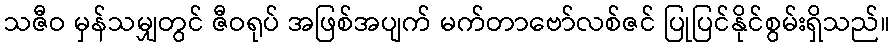
သဇီဝ မှန်သမျှတွင် ဇီဝရုပ် အဖြစ်အပျက် မက်တာဗော်လစ်ဇင် ပြုပြင်နိုင်စွမ်းရှိသည်။